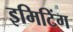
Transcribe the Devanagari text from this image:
इमिटिंग